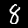
Digit: 8